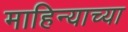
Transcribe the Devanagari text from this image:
माहिन्याच्या